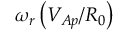
\omega _ { r } \left( V _ { A p } / R _ { 0 } \right)